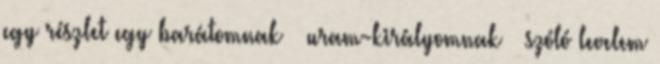
egy rész­let egy barátom­nak – uram-királyomnak – szóló levelem